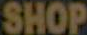
SHOP